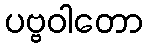
ပဗ္ဗဝါတော